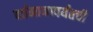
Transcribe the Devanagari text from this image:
वर्तमानापर्यंतची